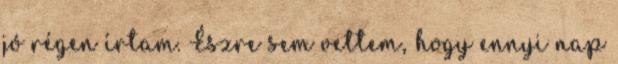
jó régen írtam. Észre sem vettem, hogy ennyi nap